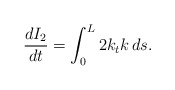
\begin{align*} \frac{d I_2}{dt} &= \int_0^L 2 k_t k \, ds.\end{align*}